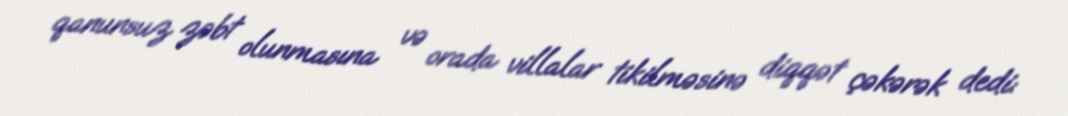
qanunsuz zəbt olunmasına və orada villalar tikilməsinə diqqət çəkərək dedi: